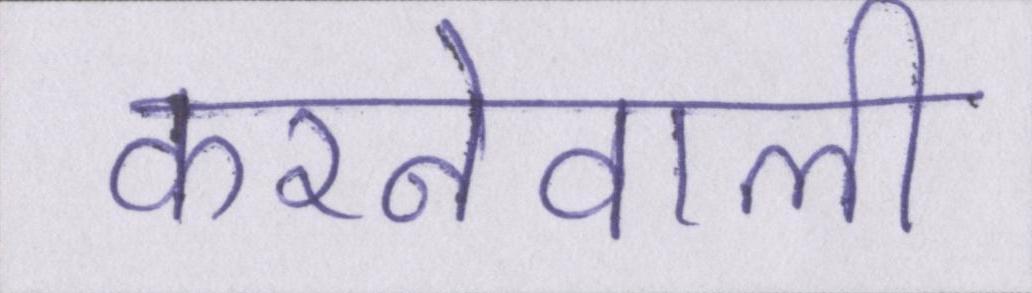
करनेवाली